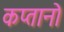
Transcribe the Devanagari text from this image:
कप्तानो